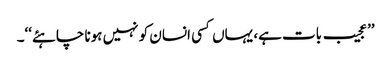
’’عجیب بات ہے، یہاں کسی انسان کو نہیں ہونا چاہئے‘‘۔